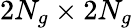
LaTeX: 2N_{g}\times 2N_{g}